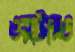
ওয়াটারও